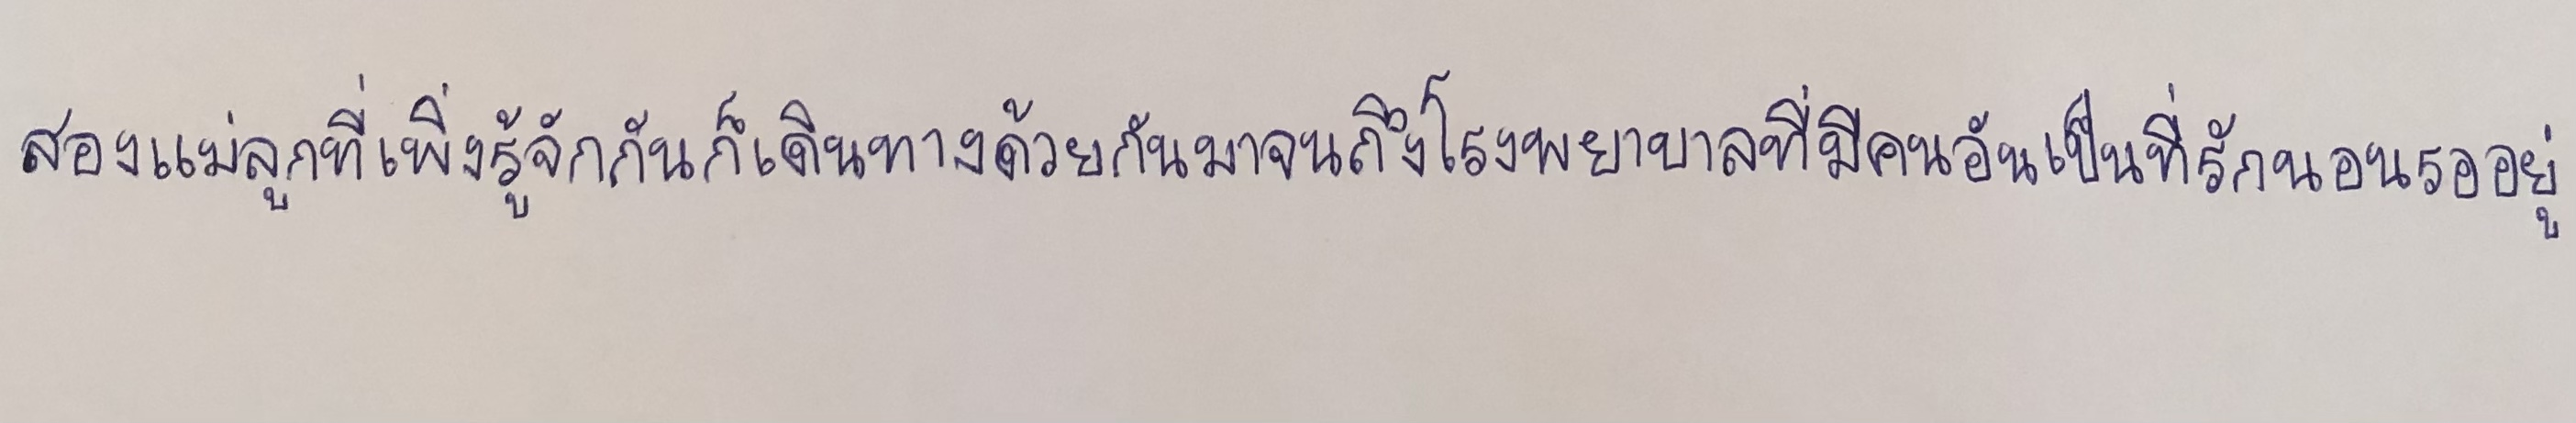
สองแม่ลูกที่เพิ่งรู้จักกันก็เดินทางด้วยกันมาจนถึงโรงพยาบาลที่มีคนอันเป็นที่รักนอนรออยู่